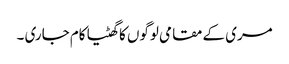
مری کے مقامی لوگوں کا گھٹیا کام جاری ۔